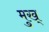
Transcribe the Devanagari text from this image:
मुख्